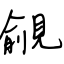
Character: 覦